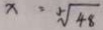
x = 5 \sqrt { 4 8 }